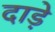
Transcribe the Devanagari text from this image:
दाड़े